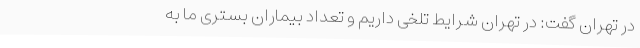
در تهران گفت: در تهران شرایط تلخی داریم و تعداد بیماران بستری ما به